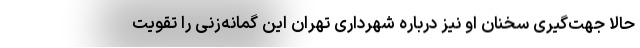
حالا جهت‌گیری سخنان او نیز درباره شهرداری تهران این گمانه‌زنی را تقویت